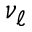
\nu _ { \ell }